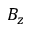
B _ { z }